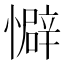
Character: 𫻏